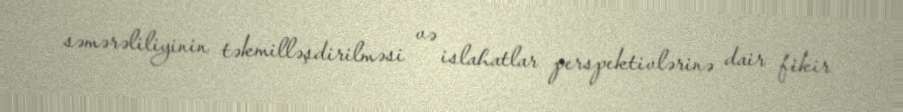
səmərəliliyinin təkmilləşdirilməsi və islahatlar perspektivlərinə dair fikir